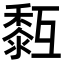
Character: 𪏳